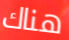
هناك